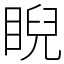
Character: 睨